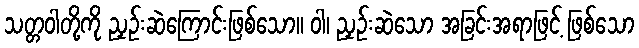
သတ္တဝါတို့ကို ညှဉ်းဆဲကြောင်းဖြစ်သော။ ဝါ၊ ညှဉ်းဆဲသော အခြင်းအရာဖြင့် ဖြစ်သော